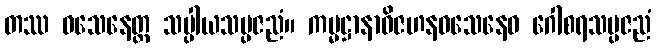
တဿ ဝသေနေတ္ထ သပ္ပါယသမ္ပဇညံ။ ကမ္မဋ္ဌာနာဝိဇဟနဝသေနေဝ ဂေါစရသမ္ပဇညံ